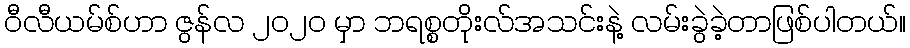
ဝီလီယမ်စ်ဟာ ဇွန်လ ၂၀၂၀ မှာ ဘရစ္စတိုးလ်အသင်းနဲ့ လမ်းခွဲခဲ့တာဖြစ်ပါတယ်။